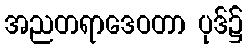
အညတရာဒေဝတာ ပုဒ်၌